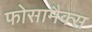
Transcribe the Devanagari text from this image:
फोसामैक्स